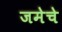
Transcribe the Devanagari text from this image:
जमेचे